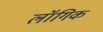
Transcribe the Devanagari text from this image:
लॉगिक